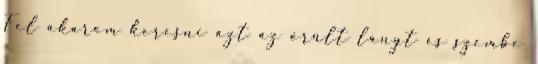
Fel akarom keresni azt az őrült lányt és szembe